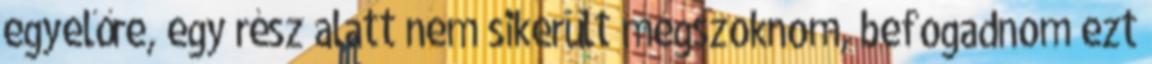
egyelőre, egy rész alatt nem sikerült megszoknom, befogadnom ezt